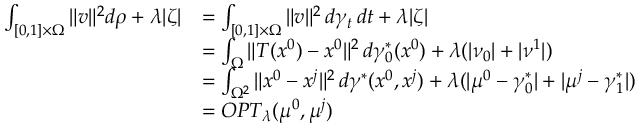
\begin{array} { r l } { \int _ { [ 0 , 1 ] \times \Omega } \| v \| ^ { 2 } d \rho + \lambda | \zeta | } & { = \int _ { [ 0 , 1 ] \times \Omega } \| v \| ^ { 2 } \, d \gamma _ { t } \, d t + \lambda | \zeta | } \\ & { = \int _ { \Omega } \| T ( x ^ { 0 } ) - x ^ { 0 } \| ^ { 2 } \, d \gamma _ { 0 } ^ { * } ( x ^ { 0 } ) + \lambda ( | \nu _ { 0 } | + | \nu ^ { 1 } | ) } \\ & { = \int _ { \Omega ^ { 2 } } \| x ^ { 0 } - x ^ { j } \| ^ { 2 } \, d \gamma ^ { * } ( x ^ { 0 } , x ^ { j } ) + \lambda ( | \mu ^ { 0 } - \gamma _ { 0 } ^ { * } | + | \mu ^ { j } - \gamma _ { 1 } ^ { * } | ) } \\ & { = O P T _ { \lambda } ( \mu ^ { 0 } , \mu ^ { j } ) } \end{array}